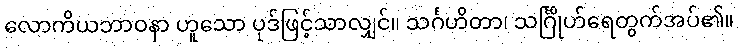
လောကိယဘာဝနာ ဟူသော ပုဒ်ဖြင့်သာလျှင်။ သင်္ဂဟိတာ၊ သင်္ဂြိုဟ်ရေတွက်အပ်၏။